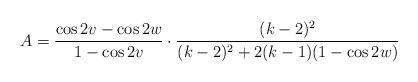
LaTeX: \begin{align*}A=\frac{\cos 2v-\cos 2w}{1-\cos 2v} \cdot \frac{(k-2)^2}{(k-2)^2+2(k-1)(1-\cos 2w) } \end{align*}